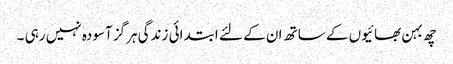
چھ بہن بھائیوں کے ساتھ ان کے لئے ابتدائی زندگی ہرگز آسودہ نہیں رہی ۔